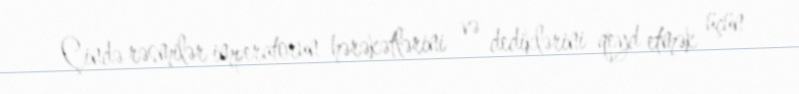
Çində rəsmilər imperatorun hərəkətlərini və dediklərini qeyd etmək üçün